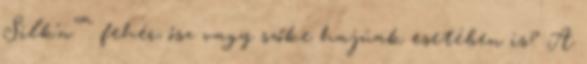
Silk‘n™ fehér, ősz vagy szőke hajúak esetében is? A